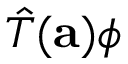
{ \hat { T } } ( \mathbf { a } ) \phi